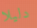
دليلا